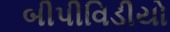
બીપીવિડીયો